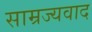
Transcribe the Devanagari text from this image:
साम्रज्यवाद